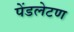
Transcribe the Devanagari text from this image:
पेंडलेटण